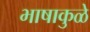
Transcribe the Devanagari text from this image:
भाषाकुळे